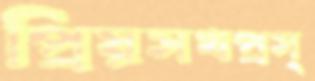
প্রিয়সখপ্রস্